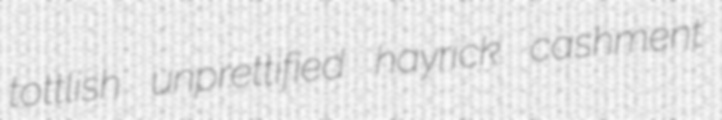
tottlish unprettified hayrick cashment